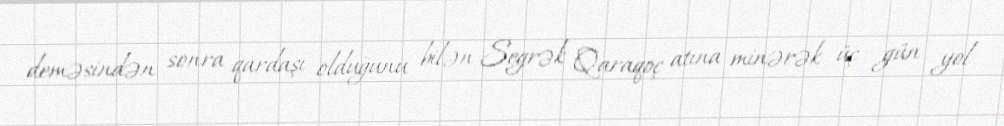
deməsindən sonra qardaşı olduğunu bilən Segrək Qaraqoç atına minərək üç gün yol